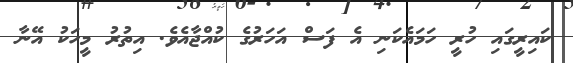
ކައިރީގައި ހުރީ ހަމައެކަނި އެ ފަސް އަހަރުގެ ކުއްޖާއެވެ. އިތުރު މީހަކު އޭނާ